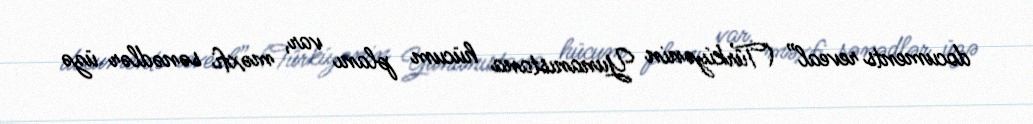
documents reveal” (Türkiyənin Yunanıstana hücum planı var, məxfi sənədlər üzə